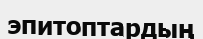
эпитоптардың